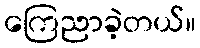
ကြေညာခဲ့တယ်။